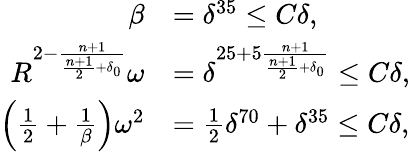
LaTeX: \begin{array}{rl}{\beta}&{=\delta^{35}\leq C\delta,}\\ {R^{2-\frac{n+1}{\frac{n+1}{2}+\delta_{0}}}\omega}&{=\delta^{25+5\frac{n+1}{\frac{n+1}{2}+\delta_{0}}}\leq C\delta,}\\ {\left(\frac{1}{2}+\frac{1}{\beta}\right)\omega^{2}}&{=\frac{1}{2}\delta^{70}+\delta^{35}\leq C\delta,}\end{array}